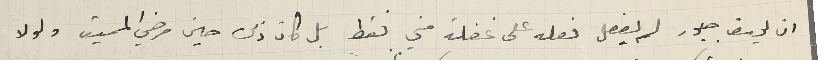
ان يوسف جبور لم يفعل فعله على غفلة مني فقط بل كان ذلك حين مرضي المميت ولولا